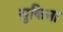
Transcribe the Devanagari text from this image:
गुकिना